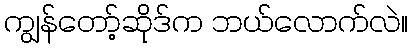
ကျွန်တော့်ဆိုဒ်က ဘယ်လောက်လဲ။